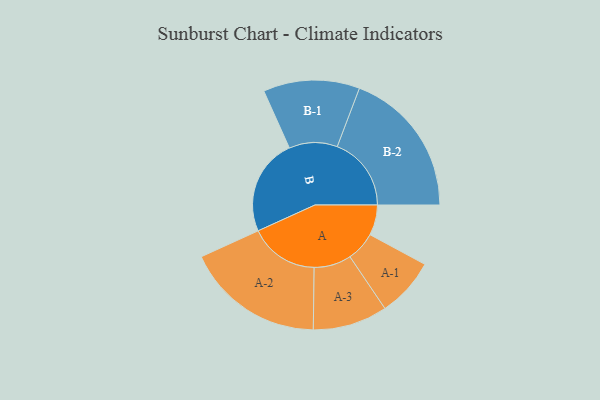
{"axis": {"x": "Segment", "y": "Value"}, "legend": ["", "A", "B"], "data": [{"x": "A", "y": 109, "type": ""}, {"x": "B", "y": 347, "type": ""}, {"x": "A-1", "y": 106, "type": "A"}, {"x": "A-2", "y": 249, "type": "A"}, {"x": "A-3", "y": 134, "type": "A"}, {"x": "B-1", "y": 173, "type": "B"}, {"x": "B-2", "y": 266, "type": "B"}]}